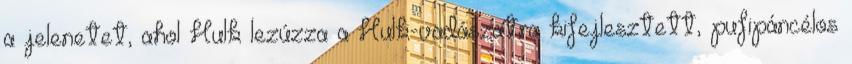
a jelenetet, ahol Hulk lezúzza a Hulk-vadászatra kifejlesztett, pufipáncélos